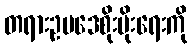
တရားဥပဒေစိုးမိုးရေးကို